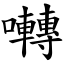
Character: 囀